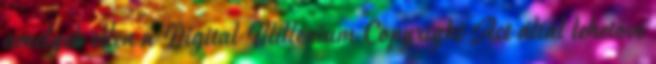
amelyek ellen a Digital Millenium Copyright Act által lehetővé